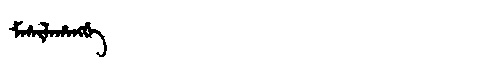
Manchu: ᠮᠠᠰᡳᠯᠠᡥᠠᠩᡤᡝ
Romanization: MASILAHANGGE